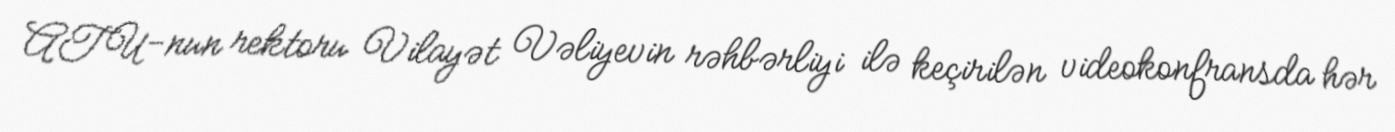
ATU-nun rektoru Vilayət Vəliyevin rəhbərliyi ilə keçirilən videokonfransda hər